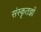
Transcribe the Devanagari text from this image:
संस्कृतज्ञों